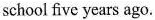
school five years ago.